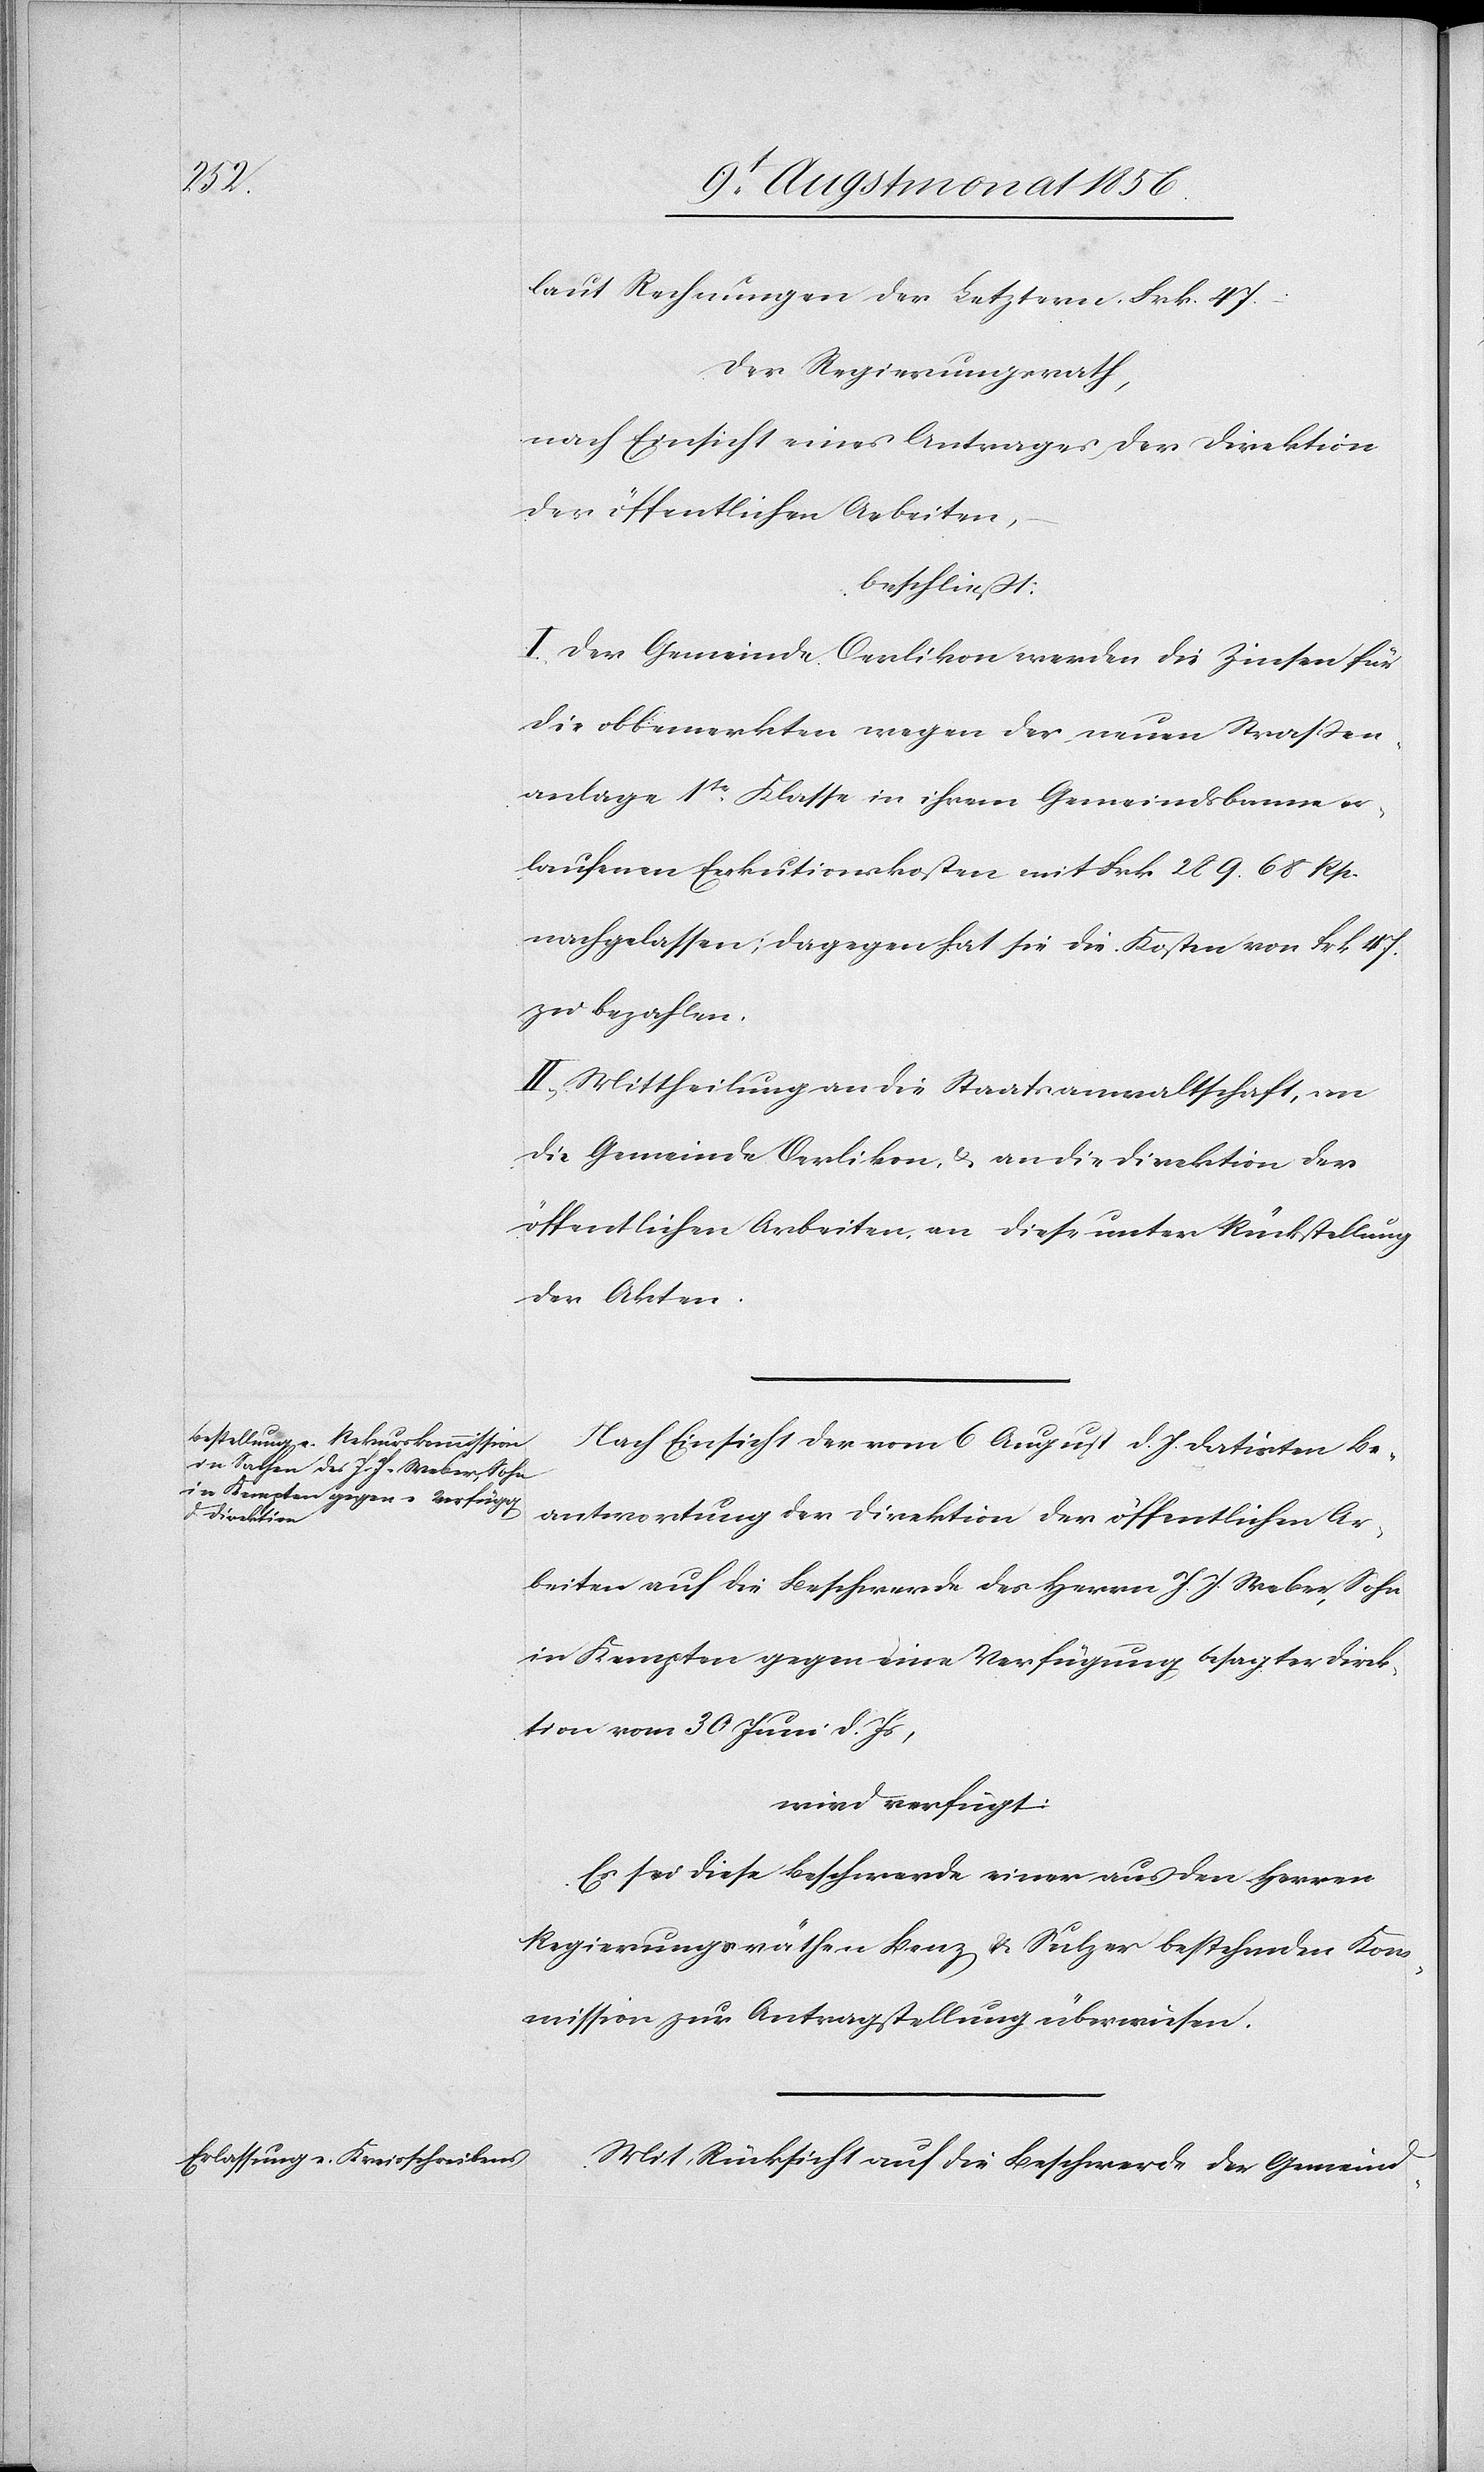
laut Rechnungen der Letztern Frk. 47.
Der Regierungsrath,
nach Einsicht eines Antrages der Direktion
der öffentlichen Arbeiten,
beschließt:
I. Der Gemeinde Oerlikon werden die Zinsen für
die obbemerkten wegen der neuen Strassen¬
anlage 1tr Klasse in ihrem Gemeindsbanne er¬
laufenen Exekutionskosten mit Frk. 289. 68 Rp.
nachgelassen; dagegen hat sie die Kosten von Frk. 47.
zu bezahlen.
II. Mittheilung an die Staatsanwaltschaft, an
die Gemeinde Oerlikon, & an die Direktion der
öffentlichen Arbeiten, an diese unter Rückstellung
der Akten.
Nach Einsicht der vom 6 August d. Js datirten Be¬
antwortung der Direktion der öffentlichen Ar¬
beiten auf die Beschwerde des Herrn J. J. Weber, Sohn
in Kempten gegen eine Verfügung besagter Direk¬
tion vom 30 Juni d. Js,
wird verfügt:
Es sei diese Beschwerde einer aus den Herren
Regierungsräthen Benz & Sulzer bestehenden Kom¬
mission zur Antragstellung überwiesen.
Mit Rücksicht auf die Beschwerde der Gemeind-